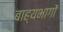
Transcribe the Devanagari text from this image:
बाह्यभागों